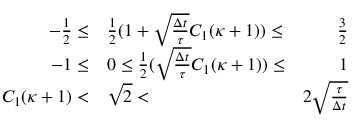
\begin{array} { r l r } { - \frac { 1 } { 2 } \le } & { \frac { 1 } { 2 } ( 1 + \sqrt { \frac { \Delta t } { \tau } } C _ { 1 } ( \kappa + 1 ) ) \le } & { \frac { 3 } { 2 } } \\ { - 1 \le } & { 0 \le \frac { 1 } { 2 } ( \sqrt { \frac { \Delta t } { \tau } } C _ { 1 } ( \kappa + 1 ) ) \le } & { 1 } \\ { C _ { 1 } ( \kappa + 1 ) < } & { \sqrt { 2 } < } & { 2 \sqrt { \frac { \tau } { \Delta t } } } \end{array}